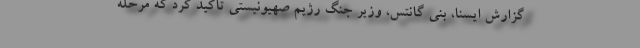
گزارش ایسنا، بنی گانتس، وزیر جنگ رژیم صهیونیستی تاکید کرد که مرحله